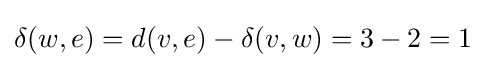
\delta (w,e)=d(v,e)-\delta (v,w)=3-2=1